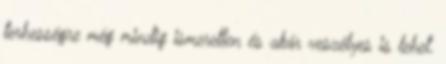
terhességre még mindig ismeretlen és akár veszélyes is lehet.